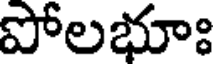
పోలభూః